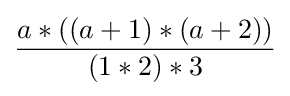
{\frac {a*((a+1)*(a+2))}{(1*2)*3}}